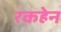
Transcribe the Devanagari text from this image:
रकहेन